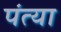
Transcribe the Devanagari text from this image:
पंत्या